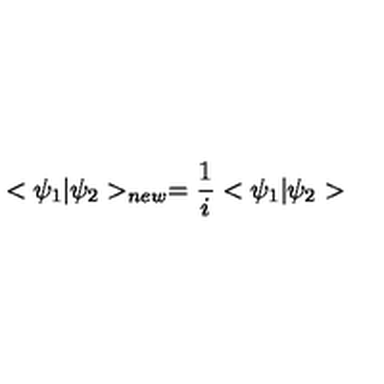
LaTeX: < \psi _ { 1 } | \psi _ { 2 } > _ { n e w } = \frac { 1 } { i } < \psi _ { 1 } | \psi _ { 2 } >